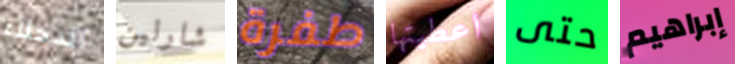
الدخلاء شارلين طفرة اعطيتها حتى إبراهيم